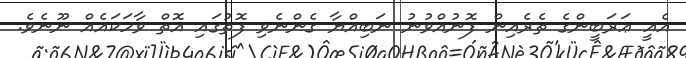
އެއީ ޢަރަބީންގެ ތެރެއިން ފޮނުއްވުނު ނަބިއްޔާ ގެންނެވި ފޮތުގައި އޮތް ވާހަކައެއް ނޫނެވެ.